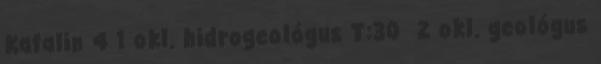
Katalin 4 1 okl. hidrogeológus T:30 2 okl. geológus